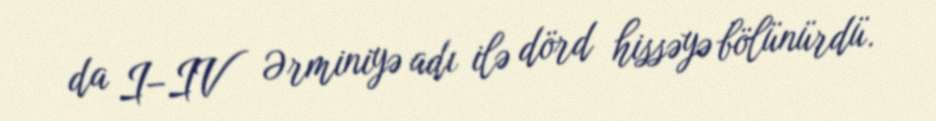
da I–IV Ərminiyə adı ilə dörd hissəyə bölünürdü.